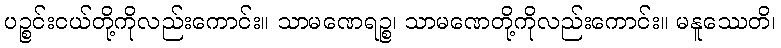
ပဉ္စင်းငယ်တို့ကိုလည်းကောင်း။ သာမဏေရဉ္စ၊ သာမဏေတို့ကိုလည်းကောင်း။ မနူဿေတိ၊